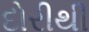
દોરીથી